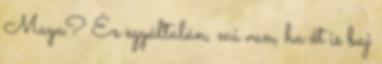
Maya? És egyáltalán, mi van, ha őt is baj